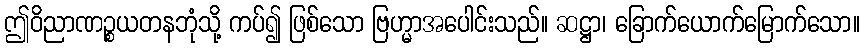
ဤဝိညာဏဉ္စယတနဘုံသို့ ကပ်၍ ဖြစ်သော ဗြဟ္မာအပေါင်းသည်။ ဆဋ္ဌာ၊ ခြောက်ယောက်မြောက်သော။